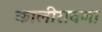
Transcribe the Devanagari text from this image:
कालीरावणा